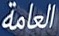
العامة